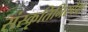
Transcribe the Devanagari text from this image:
संस्कृतिनिरपेक्ष